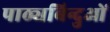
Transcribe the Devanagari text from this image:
पाठ्यबिन्दुओं